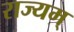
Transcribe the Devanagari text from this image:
राज्यम्